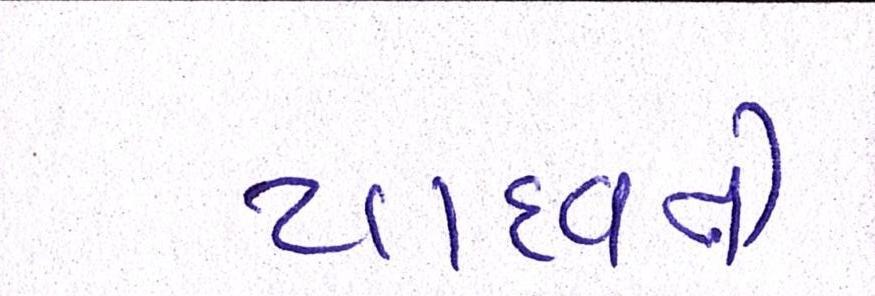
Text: યાદવને